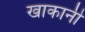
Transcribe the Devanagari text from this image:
खाकानी